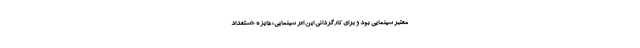
معتبر سینمایی بود و برای کارگردانی این اثر سینمایی؛ جایزه «استعداد